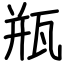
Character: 瓶